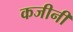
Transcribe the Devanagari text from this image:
कजीनी